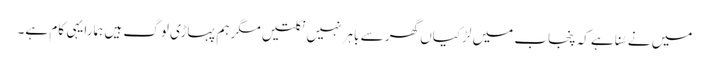
میں نے سُنا ہے کہ پنجاب میں لڑکیاں گھر سے باہر نہیں نکلتیں مگر ہم پہاڑی لوگ ہیں ہمارا یہی کام ہے۔